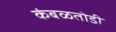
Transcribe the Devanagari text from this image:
कंबळतोडी